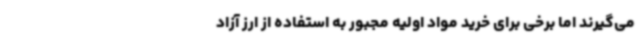
می‌گیرند اما برخی برای خرید مواد اولیه مجبور به استفاده از ارز آزاد